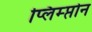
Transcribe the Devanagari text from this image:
प्लिम्प्तोन